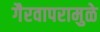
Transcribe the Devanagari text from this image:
गैरवापरामुळे